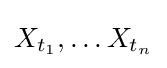
X_{t_{1}},\dots X_{t_{n}}